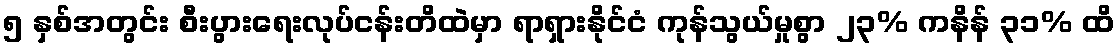
၅ နှစ်အတွင်း စီးပွားရေးလုပ်ငန်းတိထဲမှာ ရာရှားနိုင်ငံ ကုန်သွယ်မှုစွာ ၂၃% ကနိန် ၃၁% ထိ